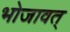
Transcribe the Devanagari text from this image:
भोजावत्